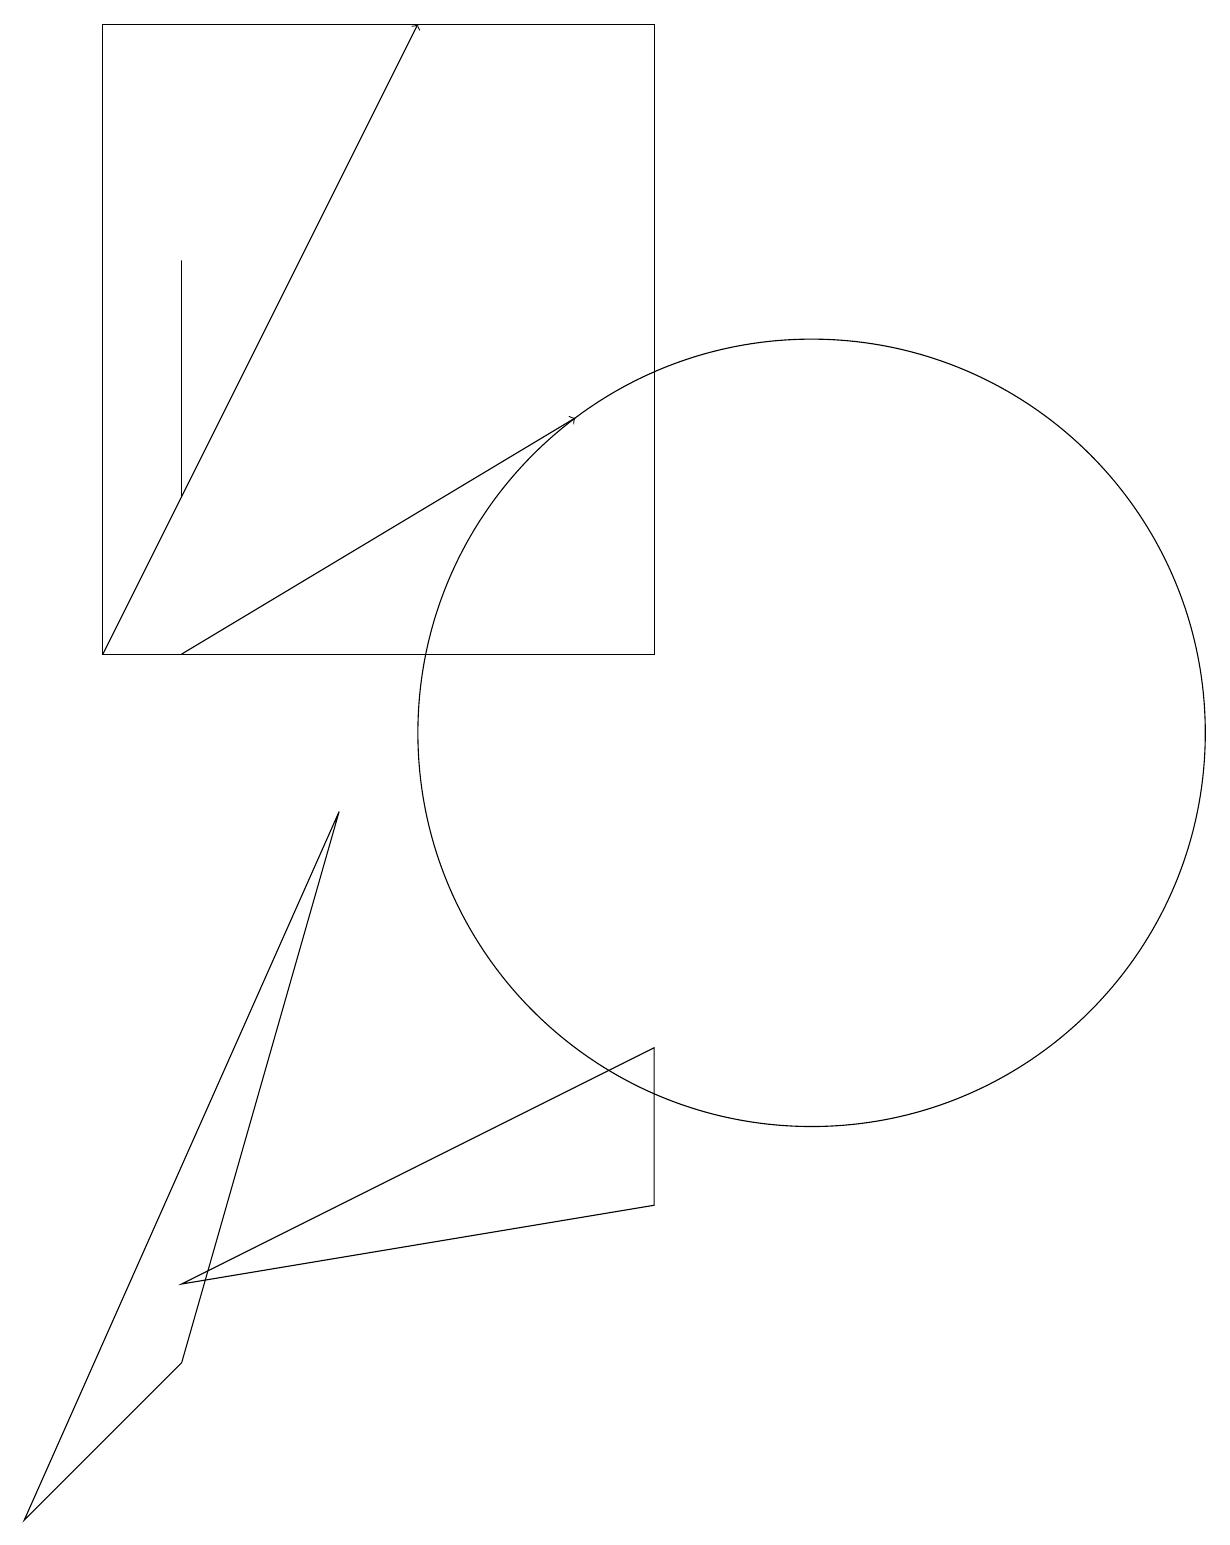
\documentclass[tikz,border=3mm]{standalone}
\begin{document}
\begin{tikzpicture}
\draw (11,10) circle (5);
\draw (9,11) rectangle (2,19);
\draw[->] (3,11) -- (8,14);
\draw[->] (2,11) -- (6,19);
\draw (9,4) -- (9,6) -- (3,3) -- cycle;
\draw (1,0) -- (5,9) -- (3,2) -- cycle;
\draw (3,16) rectangle (3,13);
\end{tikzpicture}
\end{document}